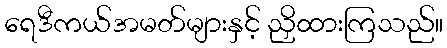
ရေဒီကယ်အမတ်များနှင့် ညှိထားကြသည်။